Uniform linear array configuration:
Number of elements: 32
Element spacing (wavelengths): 0.25
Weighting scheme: uniform
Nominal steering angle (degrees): -15
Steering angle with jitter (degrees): -14.198
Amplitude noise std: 0.05
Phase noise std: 0.05

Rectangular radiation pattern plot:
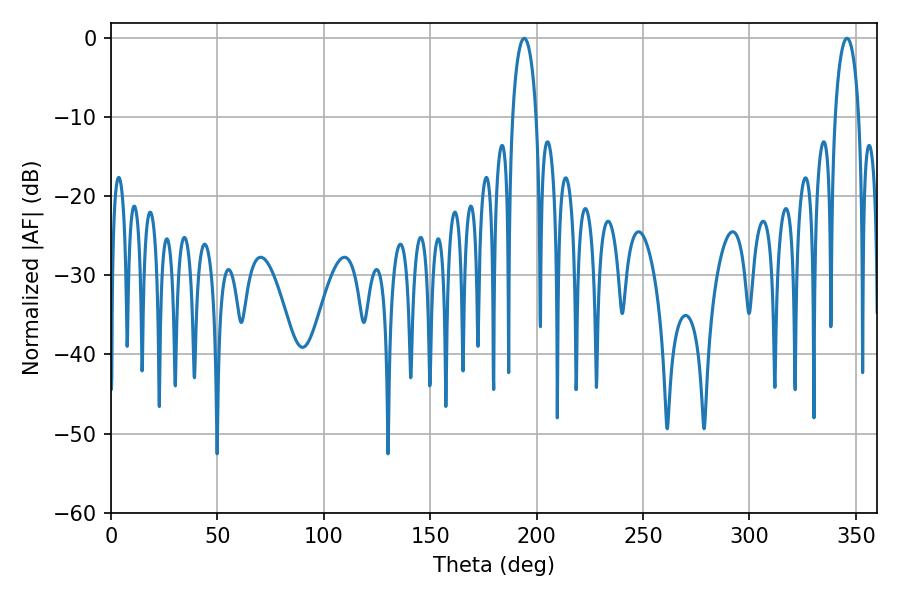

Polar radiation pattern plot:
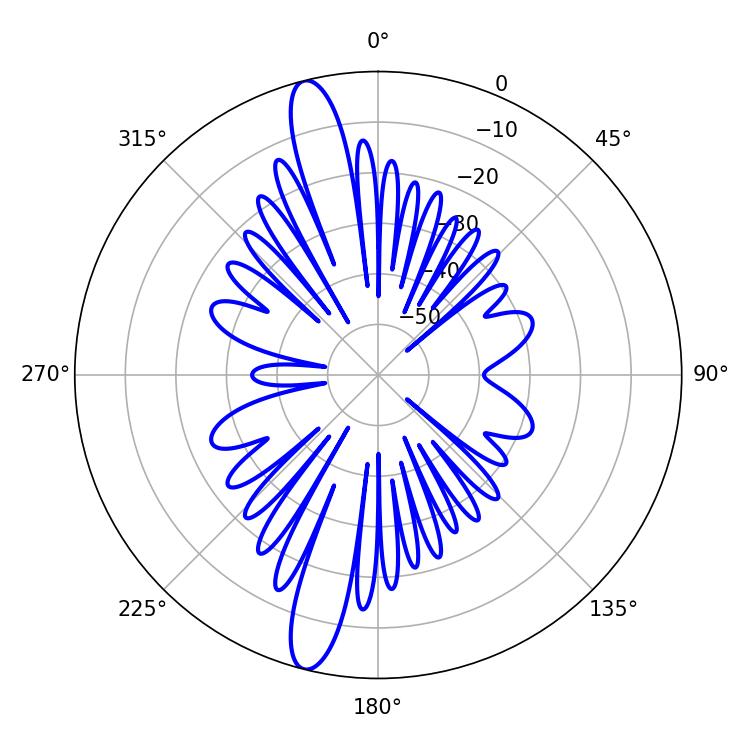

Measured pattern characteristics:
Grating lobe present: FALSE
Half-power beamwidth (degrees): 6.48
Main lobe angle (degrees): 194.22